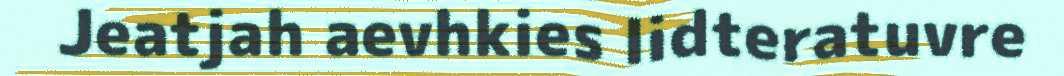
Jeatjah aevhkies lidteratuvre